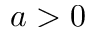
a > 0